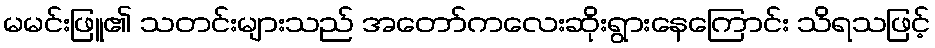
မမင်းဖြူ၏ သတင်းများသည် အတော်ကလေးဆိုးရွားနေကြောင်း သိရသဖြင့်